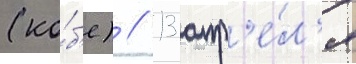
(ко́б'е) // 13 апр'е́л'я